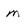
Character: m